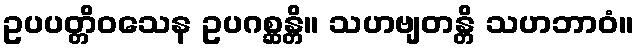
ဥပပတ္တိဝသေန ဥပဂစ္ဆန္တိ။ သဟဗျတန္တိ သဟဘာဝံ။